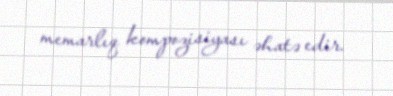
memarlıq kompozisiyası əhatə edir.